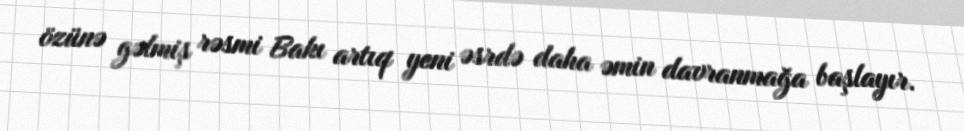
özünə gəlmiş rəsmi Bakı artıq yeni əsrdə daha əmin davranmağa başlayır.